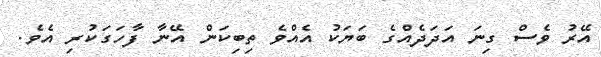
އޭރު ވެސް ގިނަ އަދަދެއްގެ ބަޔަކު އެއްވެ ތިބިކަން އޭނާ ފާހަގަކުރި އެވެ.